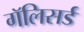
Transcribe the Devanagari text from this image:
गॅलिसर्ड